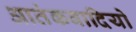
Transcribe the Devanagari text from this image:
आतंकवादियो